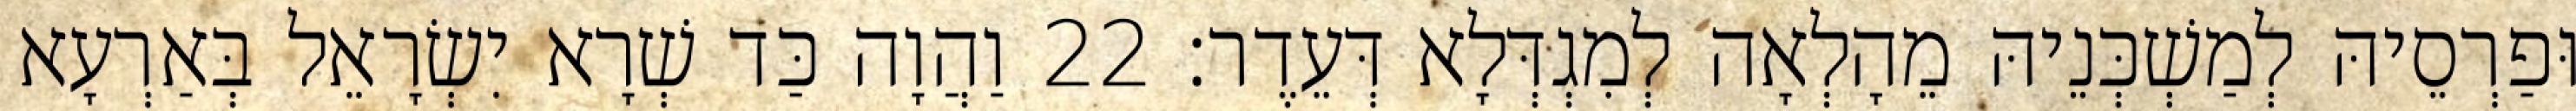
וּפַרְסֵיהּ לְמַשְׁכְּנֵיהּ מֵהָלְאָה לְמִגְדְּלָא דְּעֵדֶר׃ 22 וַהֲוָה כַּד שְׁרָא יִשְׂרָאֵל בְּאַרְעָא